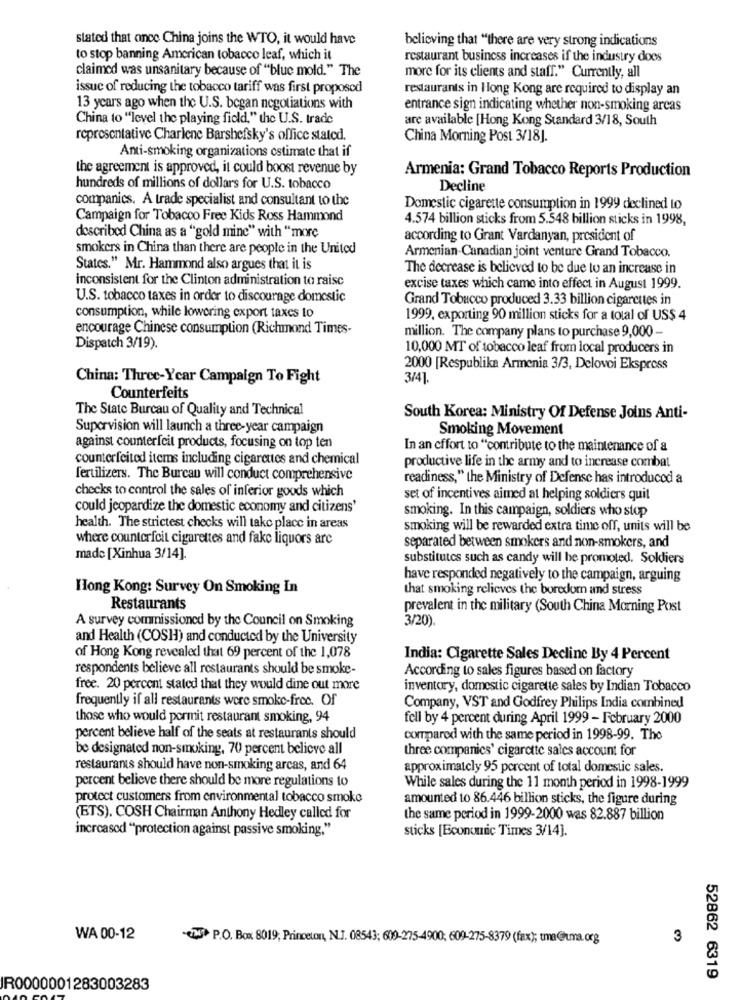
stated that ance China joins the WTO, it would have
believing that "there are very strong indications
to stop banning American tobacco leaf, which it
restaurant business increases if the industry does
claimed was unsanitary because of "bluc mold." The
more for its clients and staff." Currently, all
issue of reducing the tobacco tariff was first proposed
restaurants in Hong Kong are required to display an
13 years ago when the U.S. began negotiations with
entrance sign indicating whether non-smoking areas
China to "level the playing field," the U.S. trade
are available [Hong Kong Standard 3/18, South
representative Charlene Barshefsky's office stated.
China Morning Post 3/18J.
Anti-smoking organizations estimate that if
the agreement is approved, it could boost revenue by
Armenia: Grand Tobacco Reports Production
hundreds of millions of dollars for U.S. tobacco
Decline
companies. A trade specialist and consultant to the
Domestic cigarette consumption in 1999 declined to
Campaign for Tobacco Free Kids Ross Hammond
4.574 billion sticks from 5.548 billion sticks in 1998,
described China as a "gold mine" with "more
according to Grant Vardanyan, president of
smokers in China than there are people in the United
Armenian-Canadian joint venture Grand Tobacco.
States," Mr. Hammond also argues that it is
The decrease is believed to be due to an increase in
inconsistent for the Clinton administration to raise
excise taxes which came into effect in August 1999.
U.S. tobacco taxes in order to discourage domestic
Grand Tobacco produced 3.33 billion cigarettes in
consumption, while lowering export taxes to
1999, exporting 90 million sticks for a total of US$ 4
encourage Chinese consumption (Richmond Times-
million. The company plans to purchase 9,000 -
Dispatch 3/19).
10,000 MT of tobacco leaf from local producers in
2000 [Respublika Armenia 3/3, Delovoi Ekspress
China: Three-Year Campaign To Fight
3/4].
Counterfeits
The State Bureau of Quality and Technical
South Korea: Ministry Of Defense Joins Anti-
Supervision will launch a three-year campaign
Smoking Movement
against counterfeit products, focusing on top ten
In an effort to "contribute to the maintenance of a
counterfeitod items including cigarettes and chemical
productive life in the army and to increase combat
fertilizers. The Burcan will conduct comprehensive
readiness," the Ministry of Defense has introduced a
checks to control the sales of inferior goods which
set of incentives aimed at helping soldiers quit
could jeopardize the domestic economy and citizens'
smoking. In this campaign, soldiers who stop
health. The strictest checks will take place in areas
smoking will be rewarded extra time off, units will be
where counterfeit cigarettes and fake liquors are
separated between smokers and non-smokers, and
made [Xinhua 3/14].
substitutes such as candy will be promoted, Soldiers
have responded negatively to the campaign, arguing
Hong Kong: Survey On Smoking In
that smoking relieves the boredom and stress
Restaurants
prevalent in the military (South China Morning Post
A survey commissioned by the Council on Smoking
3/20).
and Health (COSH) and conducted by the University
of Hong Kong revealed that 69 percent of the 1,078
India: Cigarette Sales Decline By 4 Percent
respondents believe all restaurants should be smoke-
According to sales figures based on factory
free. 20 percent stated that they would dine out more
inventory, domestic cigarette sales by Indian Tobacco
frequently if all restaurants wore smoke-free. Of
Company, VST and Godfrey Philips India combined
those who would pormit restaurant smoking, 94
fell by 4 percent during April 1999 - February 2000
percent believe half of the seats at restaurants should
compared with the same period in 1998-99. The
be designated non-smoking, 70 percent believe all
three companies' cigarette sales account for
restaurants should have non-smoking arcas, and 64
approximately 95 porcent of total domestic sales.
percent believe there should be more regulations to
While sales during the 11 month period in 1998-1999
protect customers from environmental tobacco smoke
amounted to 86.446 billion sticks, the figure during
(BTS). COSH Chairman Anthony Hedley called for
the same period in 1999-2000 was 82.887 billion
increased "protection against passive smoking."
sticks [Economic Times 3/14].
WA 00-12
CTM P.O. Box 8019, Princeton, N.J. 08543; 609-275-4900; 609-275-8379 (fax); tma@uma.org
3
52862 6319
IR0000001283003283